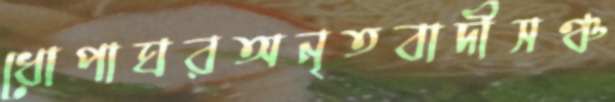
ধোপাঘরঅনৃতবাদীসঞ্চ